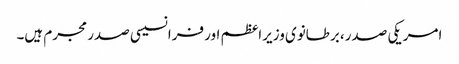
امریکی صدر، برطانوی وزیراعظم اور فرانسیسی صدر مجرم ہیں۔